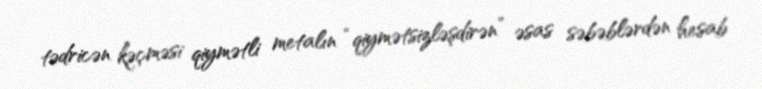
tədricən kəçməsi qiymətli metalın “qiymətsizləşdirən” əsas səbəblərdən hesab